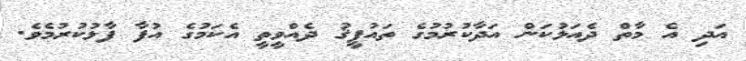
އަދި އެ މާތް ދެއަޅުކަން އަދާކުރުމުގެ ތައުފީޤު ދެއްވީތީ އެކަމުގެ އުފާ ފާޅުކުރުމެވެ.